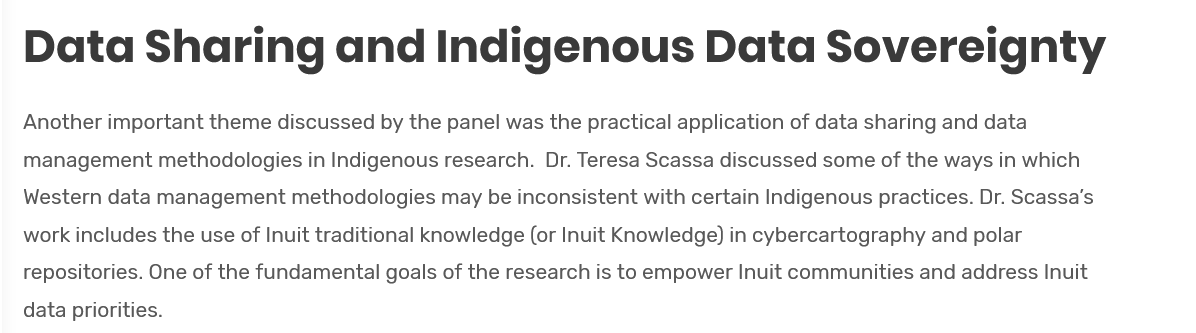
Data    Sharing    and    Indigenous    Data    Sovereignty
   Another important theme discussed by the panel was the practical application of data sharing and data
   management methodologies in Indigenous research. Dr. Teresa Scassa discussed some of the ways in which
   Western data management methodologies may be inconsistent with certain Indigenous practices. Dr. Scassa’s
   work includes the use of Inuit traditional knowledge (or Inuit Knowledge) in cybercartography and polar
   repositories. One of the fundamental goals of the research is to empower Inuit communities and address Inuit
   data priorities.